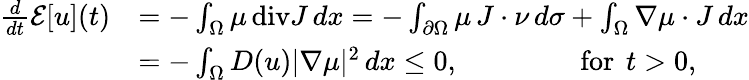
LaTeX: \begin{array}{rl}{\frac{d}{dt}\mathcal{E}[u](t)}&{=-\int_{\Omega}\mu\, \mathrm{div}J\, dx=-\int_{\partial\Omega}\mu\, J\cdot\nu\, d\sigma+\int_{\Omega}\nabla\mu\cdot J\, dx}\\ &{=-\int_{\Omega}D(u)|\nabla\mu|^{2}\, dx\leq 0,\qquad\qquad\mathrm{~for~}\, t>0,}\end{array}